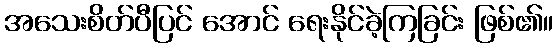
အသေးစိတ်ပီပြင် အောင် ရေးနိုင်ခဲ့ကြခြင်း ဖြစ်၏။